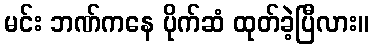
မင်း ဘဏ်ကနေ ပိုက်ဆံ ထုတ်ခဲ့ပြီလား။